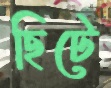
ছিটে